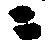
ニ